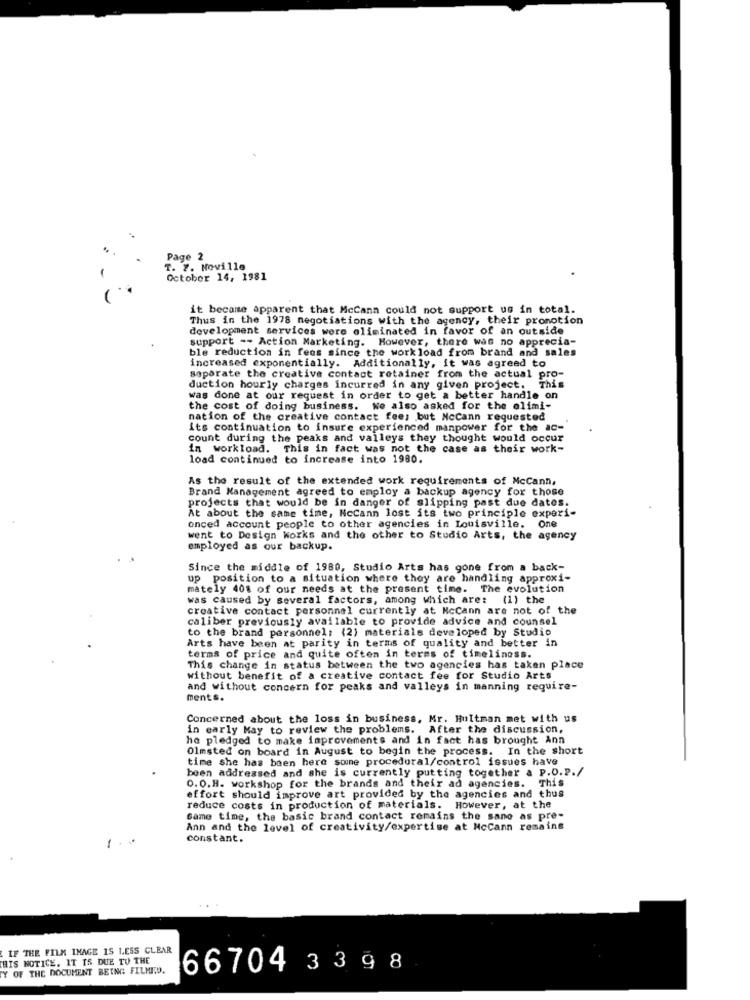
Page
T. 7. Moville
October 14, 1981
it became apparent that McCann could not support us in total.
Thus in the 1978 negotiations with the agency, their promotion
development services were eliminated in favor of an outside
support -- Action Marketing. However, there was no apprecia-
ble reduction in fees since the workload from brand and sales
increased exponentially. Additionally, it was agreed to
separate the creative contact retainer from the actual pro-
duction hourly charges incurred in any given project. This
was done at our request in order to get a better handle on
the cost of doing business. We also asked for the elimi-
nation of the creative contact fee; but Mccann requested
its continuation to insure experienced manpower for the ac-
count during the peaks and valleys they thought would occur
in workload. This in fact was not the case as their work-
load continued to increase into 1980.
As the result of the extended work requirements of McCann,
Brand Management agreed to employ a backup agency for those
projects that would be in danger of slipping past due dates.
At about the same time, Nccann lost its two principle experi-
onced account people to other agencies in Louisville. One
went to Design Works and the other to Studio Arts, the agency
employed as our backup.
Since the middle of 1980, Studio Arts has gone from a back-
up position to a situation where they are handling approxi-
mately 408 of our needs at the present time. The evolution
was caused by several factors, among which are: (1) the
creative contact personnel currently at Mccann are not of the
caliber previously available to provide advice and counsel
to the brand personnel: (2) materials developed by Studio
Arts have been at parity in terms of quality and better in
terms of price and quite often in terms of timeliness.
This change in status between the two agencies has taken place
without benefit of a creative contact fee for Studio Arts
and without concern for peaks and valleys in manning require-
ments.
Concerned about the loss in business, Mr. Hultman met with us
in early May to review the problems. After the discussion,
ha pledged to make improvements and in fact has brought Ann
Olmsted on board in August to begin the process. In the short
time she has been here some procedural/control issues have
been addressed and she is currently putting together a P.0.2./
O.O.H. workshop for the brands and their ad agencies. This
effort should improve art provided by the agencies and thus
reduce costs in production of materials. However, at the
Game time, the basic brand contact remains the sane as pre-
Ann and the level of creativity/expertise at McCann remains
constant.
IF THE FILM IMAGE IS LESS CLEAR
THIS NOTICE. IT IS DUE TO THE
Y OF THE DOCUMENT BEING FILMED.
66704 3 3 98